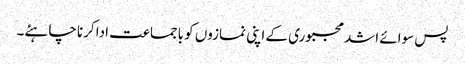
پس سوائے اشد مجبوری کے اپنی نمازوں کو باجماعت ادا کرنا چاہئے۔